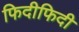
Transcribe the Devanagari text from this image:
फिदीफिदी